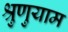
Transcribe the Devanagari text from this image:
श्रुणुयाम